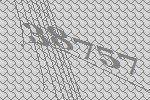
38757